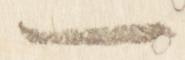
一